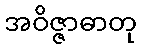
အဝိဇ္ဇာဓာတု